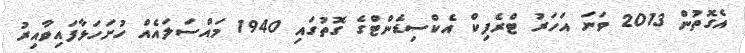
އެގޮތުން 2013 ވަނަ އަހަރު ޓްރެފިކް އެކްސިޑެންޓްގެ ގޮތުގައި 1940 މައްސަލައެއް ހުށަހަޅާފައިވާއިރު